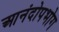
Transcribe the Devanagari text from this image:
आनंदोपभोग